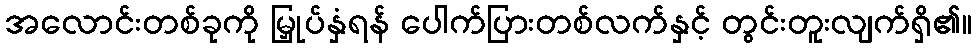
အလောင်းတစ်ခုကို မြှုပ်နှံရန် ပေါက်ပြားတစ်လက်နှင့် တွင်းတူးလျက်ရှိ၏။